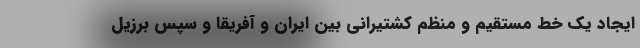
ایجاد یک خط مستقیم و منظم کشتیرانی بین ایران و آفریقا و سپس برزیل